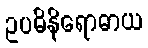
ဥပဓိနိရောဓာယ